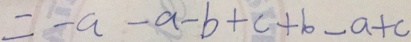
= - a - a - b + c + b - a + c